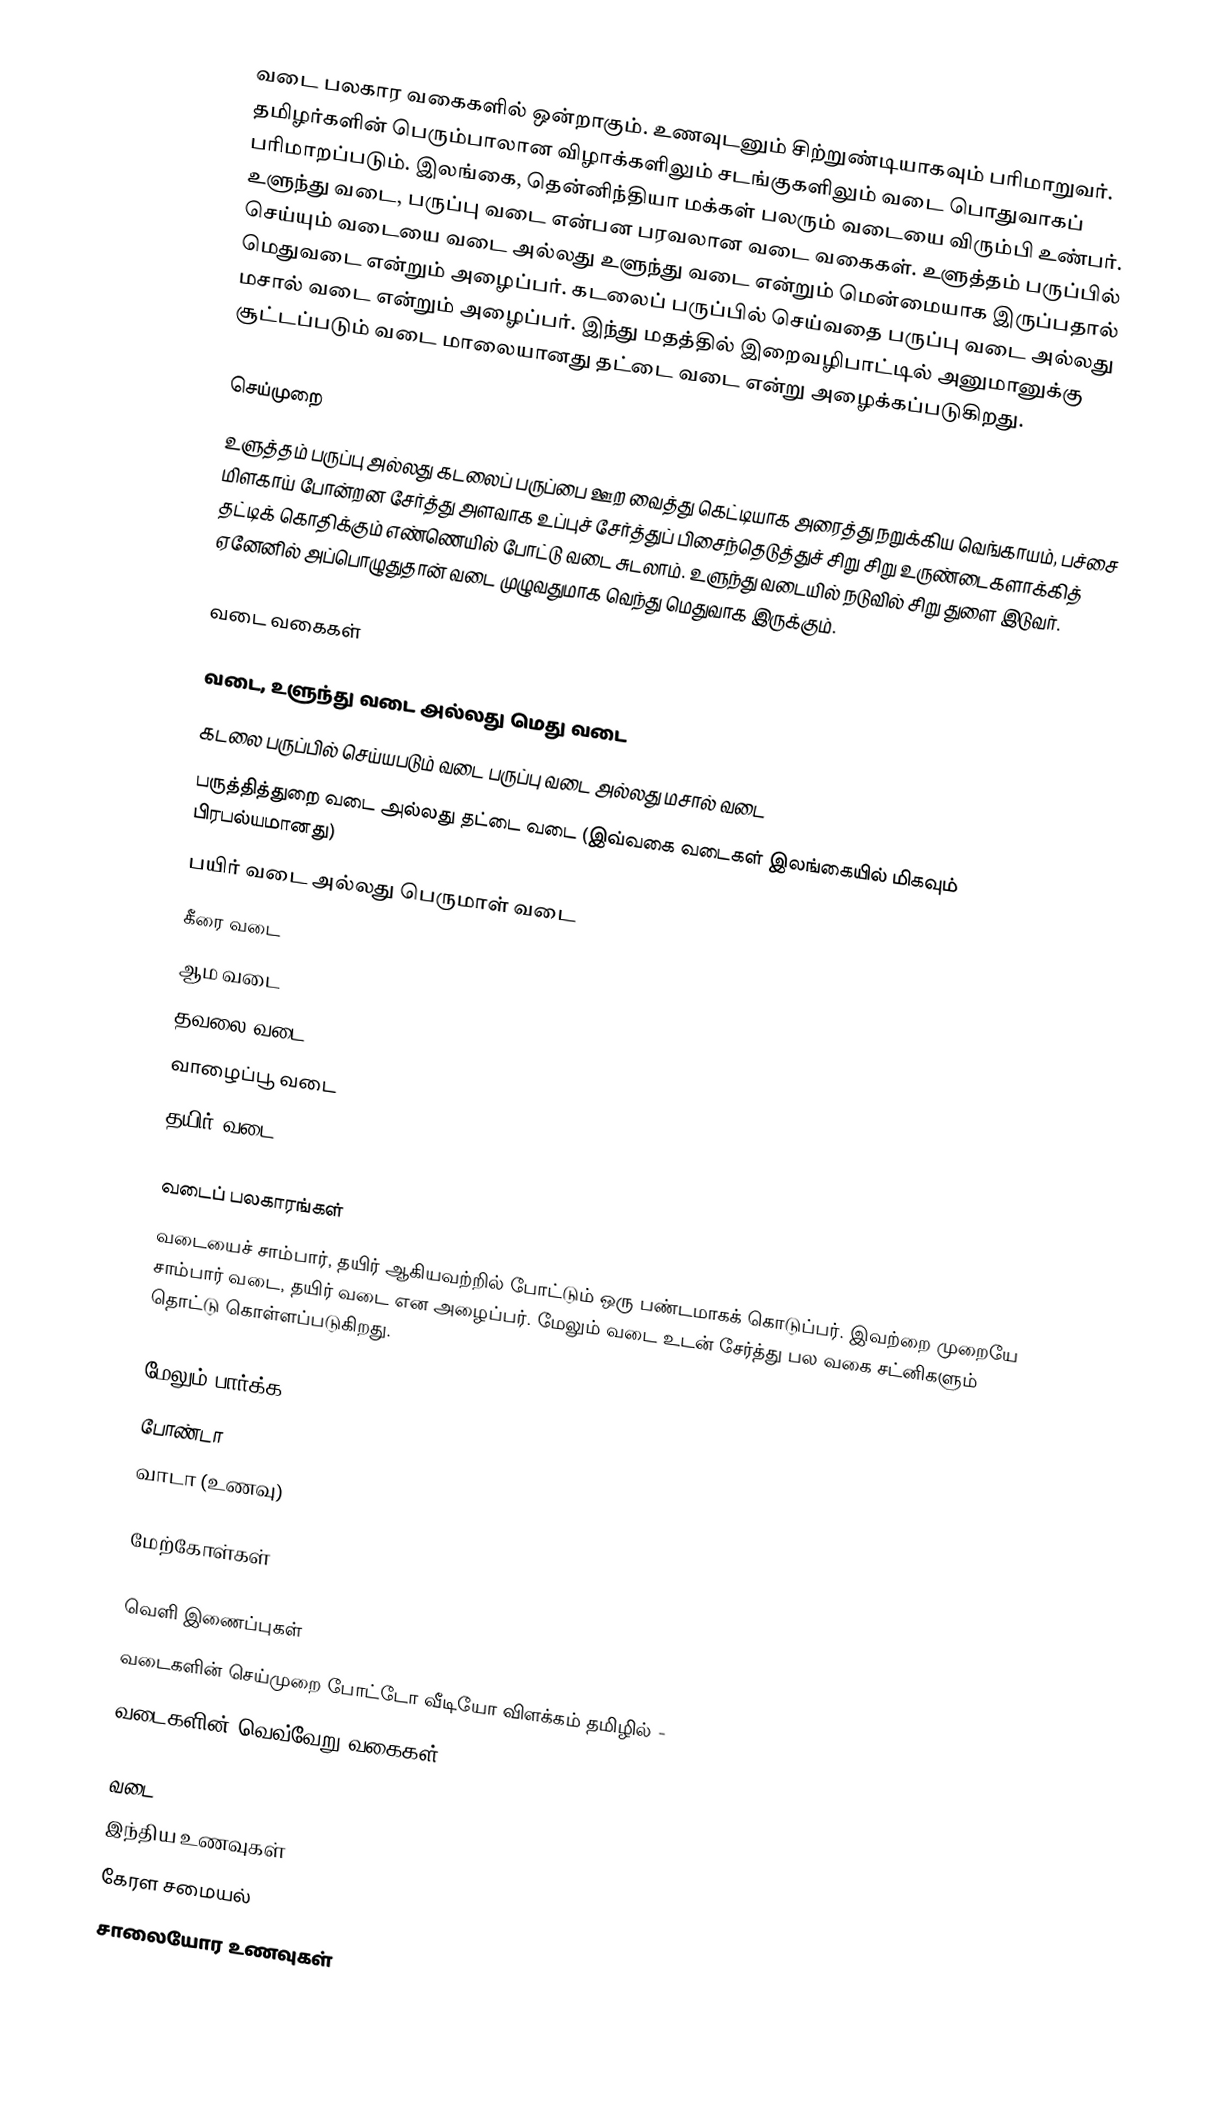
வடை பலகார வகைகளில் ஒன்றாகும். உணவுடனும் சிற்றுண்டியாகவும் பரிமாறுவர். தமிழர்களின் பெரும்பாலான விழாக்களிலும் சடங்குகளிலும் வடை பொதுவாகப் பரிமாறப்படும். இலங்கை, தென்னிந்தியா மக்கள் பலரும் வடையை விரும்பி உண்பர். உளுந்து வடை, பருப்பு வடை என்பன பரவலான வடை வகைகள். உளுத்தம் பருப்பில் செய்யும் வடையை வடை அல்லது உளுந்து வடை என்றும் மென்மையாக இருப்பதால் மெதுவடை என்றும் அழைப்பர். கடலைப் பருப்பில் செய்வதை பருப்பு வடை அல்லது மசால் வடை என்றும் அழைப்பர். இந்து மதத்தில் இறைவழிபாட்டில் அனுமானுக்கு சூட்டப்படும் வடை மாலையானது தட்டை வடை என்று அழைக்கப்படுகிறது.

செய்முறை
உளுத்தம் பருப்பு அல்லது கடலைப் பருப்பை ஊற வைத்து கெட்டியாக அரைத்து நறுக்கிய வெங்காயம், பச்சை மிளகாய் போன்றன சேர்த்து அளவாக உப்புச் சேர்த்துப் பிசைந்தெடுத்துச் சிறு சிறு உருண்டைகளாக்கித் தட்டிக் கொதிக்கும் எண்ணெயில் போட்டு வடை சுடலாம். உளுந்து வடையில் நடுவில் சிறு துளை இடுவர். ஏனேனில் அப்பொழுதுதான் வடை முழுவதுமாக வெந்து மெதுவாக இருக்கும்.

வடை வகைகள்

 வடை, உளுந்து வடை அல்லது மெது வடை
 கடலை பருப்பில் செய்யபடும் வடை பருப்பு வடை அல்லது மசால் வடை
 பருத்தித்துறை வடை அல்லது தட்டை வடை (இவ்வகை வடைகள் இலங்கையில் மிகவும் பிரபல்யமானது)
 பயிர் வடை அல்லது பெருமாள் வடை
 கீரை வடை
 ஆம வடை
 தவலை வடை
 வாழைப்பூ வடை
 தயிர் வடை

வடைப் பலகாரங்கள்
வடையைச் சாம்பார், தயிர் ஆகியவற்றில் போட்டும் ஒரு பண்டமாகக் கொடுப்பர். இவற்றை முறையே சாம்பார் வடை, தயிர் வடை என அழைப்பர். மேலும் வடை உடன் சேர்த்து பல வகை சட்னிகளும் தொட்டு கொள்ளப்படுகிறது.

மேலும் பார்க்க
 போண்டா
 வாடா (உணவு)

மேற்கோள்கள்

வெளி இணைப்புகள்
வடைகளின் செய்முறை போட்டோ வீடியோ விளக்கம் தமிழில் -
வடைகளின் வெவ்வேறு வகைகள்  -

வடை
இந்திய உணவுகள்
கேரள சமையல்
சாலையோர உணவுகள்